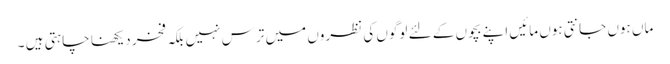
ماں ہوں جانتی ہوں مائیں اپنے بچوں کے لئے لوگوں کی نظروں میں ترس نہیں بلکہ فخر دیکھنا چاہتی ہیں ۔